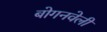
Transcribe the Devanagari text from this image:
बोगनवेली